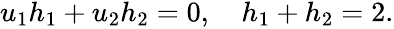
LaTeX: \begin{array}{r}{u_{1}h_{1}+u_{2}h_{2}=0,\quad h_{1}+h_{2}=2.}\end{array}